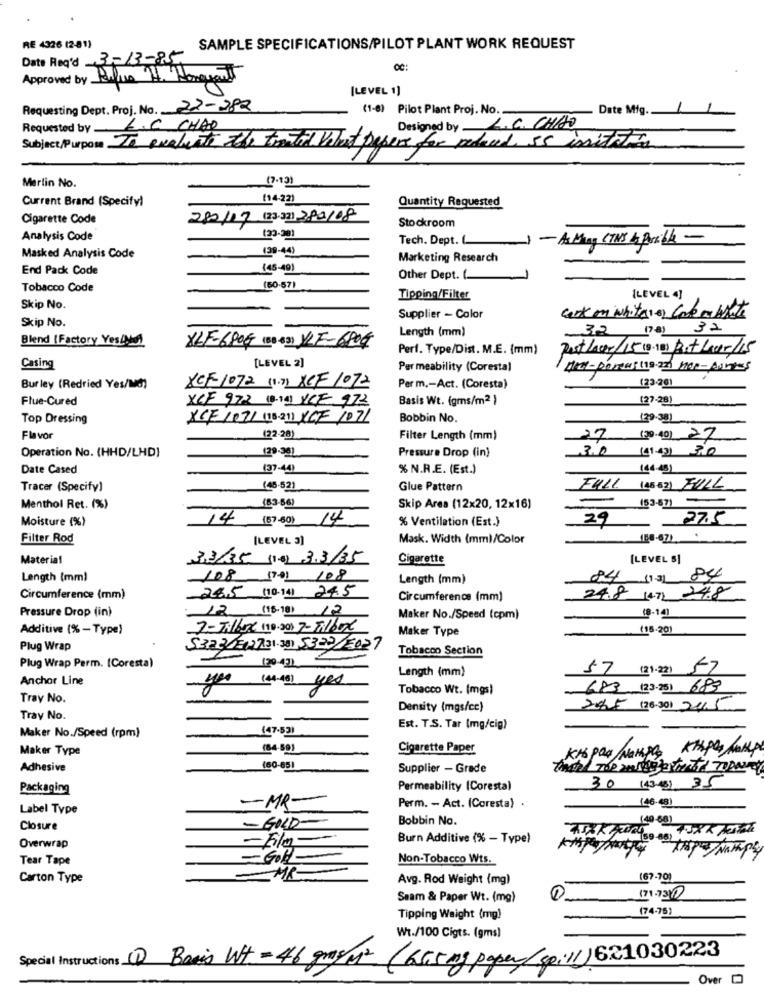
RE 4326 (2-81)
SAMPLE SPECIFICATIONS/PILOT PLANT WORK REQUEST
Date Read 3-13-85
OČ:
Approved by Rufus H. Hanguant
[LEVEL 1]
Requesting Dept. Proj. No. 22-282
(1-6) Pilot Plant Proj. No.
Date Mig.
Designed by L.C. CHAO
Requested by L.C CHAR
Subject/Purpose To evaluate the tratid Velost papers for reduced 55 initiation
(7.131
Merlin No.
Current Brand (Specify)
(14-22)
Quantity Requested
Cigarette Code
280/17 (23/321 2/82/08
Stockroom
Analysis Code
Tech. Dept. L.
- As Many CTNS & Posible -
(29-44)
Masked Analysis Code
Marketing Research
End Pack Code
(45-40)
Other Dept. (.
Tobacco Code
(50-571
Tipping/Filter
[LEVEL 4]
Skip No.
Skip No.
Supplier - Color
car on whites of care mobilite
Length (mm)
32 (a) 32
Blend [Factory Yestilo)
-
XLF-680G (80 43) YLE-6804
Perf. Type/Dist. M.E. (mm)
PostLaver/15 (8/10) ButJour/15
[LEVEL 2]
Casing
Per meability (Coresta)
nem-poreustis.zn noe-portes
Burley (Redried Yes/10)
XCF-1072 (1.7) XCF 1072
Per m .- Act. (Coresta)
123-281
Flue-Cured
XCF 972 (8-14) VCE 972
Basis Wt. (gms/m2 )
(27-28)
Top Dressing
XCF /07/ (18 211 NICE /07/
Bobbin No.
(29-38)
Flavor
(22.20)
Filter Length (mm)
27 (30/40) 27
Pressure Drop (in)
3.0 (41-4) 30
Operation No. (HHD/LHD)
Date Cased
(37-4)
% N.R.E. (Est.)
(44-48)
Tracer (Specify)
(45-52)
Glue Pattern
FULL (4882) FULL
Menthol Ret. (%)
(63-56)
Skip Area (12x20, 12×16)
(53-57)-
Moisture (%)
14 (57-60) 14
% Ventilation (Est.)
27.5
29
Filter Rod
[LEVEL 3]
Mask. Width (mm)/Color
150-67).
Material
33/35 (16) 3.3/35
Cigarette
[LEVEL 5]
Length (mm)
108 (701 /08
Length (mm)
24 (1-31
84
Circumference (mm)
285 (10-14) 24.5
Circumference (mm)
24.8 (47) 24.8
Pressure Drop (in)
12 (18-18) 12
Maker No./Speed (cpm)
(8-14)
Additive (% - Type)
7-Tilbere 110.200 7-Filbox
Maker Type
(15-20)
Plug Wrap
5323 =(27.31.38) 5322/2027
Tobacco Section
(20-43)
Plug Wrap Perm. (Coresta)
Length (mm)
57 (21.23) 57
Anchor Line
yen (44-48) yes
Tobacco Wt. (mgs)
683 (23-25) 683
Tray No.
Density (mgs/cc)
205 (26.30) 2415
Tray No.
(47.53)
Est. T.S. Tar (mg/cig)
Maker No./Speed (rpm)
Maker Type
(84-59)
Cigarette Paper
Adhesive
(60-65)
Supplier - Grade
Packaging
Permeability (Coresta)
30 (43-43) 35
-MR-
(46-48)
Label Type
Perm. - Act. (Coresta) .
Bobbin No.
Closure
- GOLD
-Film-
Burn Additive (% - Type)
Ale (59-88)
Overwrap
Tear Tape
-Gold
Non-Tobacco Wts.
Carton Type
MR-
Avg. Rod Weight (mg)
(67-70)
Seam & Paper Wt. (mg)
171-73
(74-75)
Tipping Weight (mg)
Wt./100 Cigts. (gms)
Special Instructions 1 Basis Wt =46 gr/ M2 (665mg paper/spi11) 621030223
Over D